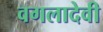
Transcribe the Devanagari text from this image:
वगलादेवी